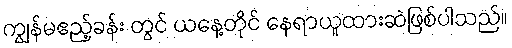
ကျွန်မဧည့်ခန်း တွင် ယနေ့တိုင် နေရာယူထားဆဲဖြစ်ပါသည်။